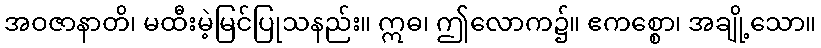
အဝဇာနာတိ၊ မထီးမဲ့မြင်ပြုသနည်း။ ဣဓ၊ ဤလောက၌။ ဧကစ္စော၊ အချို့သော။